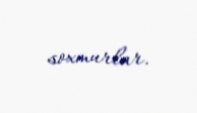
soxmurlar.